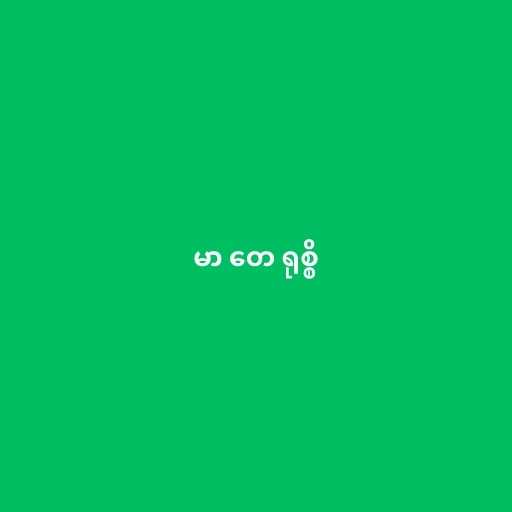
မာ တေ ရုစ္စိ